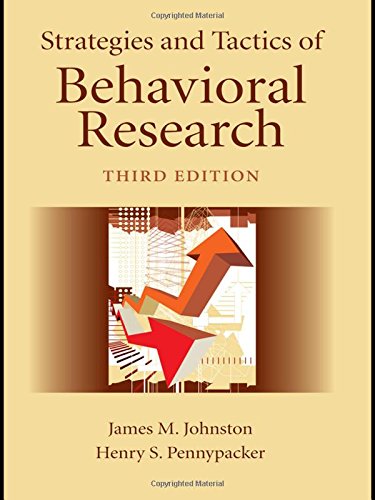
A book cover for Strategies and Tactics of Behavioral Research, Third Edition; James M. Johnston; Science & Math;